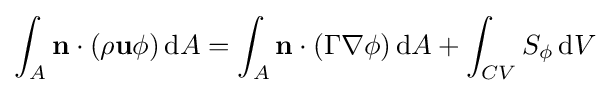
\int _{A}\mathbf {n} \cdot (\rho \mathbf {u} \phi )\,\mathrm {d} A=\int _{A}\mathbf {n} \cdot (\Gamma \nabla \phi )\,\mathrm {d} A+\int _{CV}S_{\phi }\,\mathrm {d} V